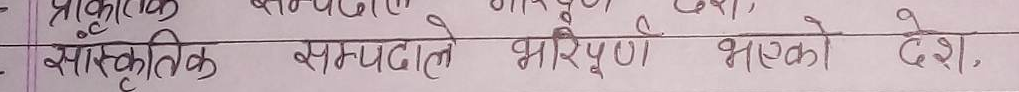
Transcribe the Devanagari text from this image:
सांस्कृतिक सम्पदाले भरिपूर्ण भएको देश,